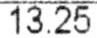
13.25